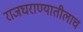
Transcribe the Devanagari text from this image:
राजघराण्यातीलाच